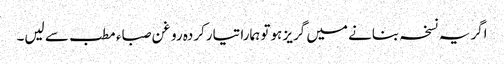
اگر یہ نسخہ بنانے میں گریز ہوتو ہمارا تیارکردہ روغن صباء مطب سے لیں۔